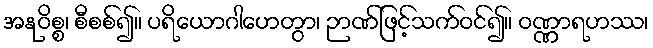
အနုဝိစ္စ၊ စီစစ်၍။ ပရိယောဂါဟေတွာ၊ ဉာဏ်ဖြင့်သက်ဝင်၍။ ဝဏ္ဏာရဟဿ၊